Vaccination report Assam 1874-1896 - 1874-1896
Year: 1874
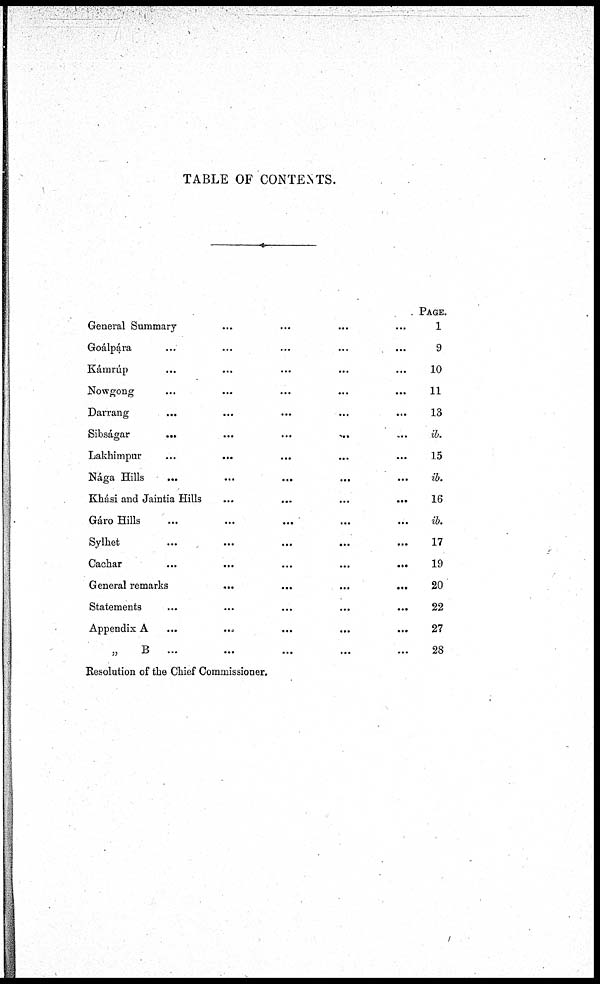
TABLE OF CONTENTS.
General Summary ... ... ... ...
Goalpara ... ... ... ... ...
Kámrúp ... ... ... ... ...
Nowgong
...
...
...
...
...
Darrang ... ... ... ... ...
Sibságar
...
...
...
...
...
Lakhimpur
...
...
...
...
...
Nága Hills
...
...
...
...
...
Khási and Jaintia Hills
...
...
...
...
Gáro Hills ... ... ... ... ...
Sylhet
...
...
...
...
...
Cachar
...
...
...
...
...
General remarks
...
...
...
...
Statements
...
...
...
...
...
Appendix A
...
...
...
...
...
„
B
...
...
...
...
...
PAGE.
1
9
10
11
13
ib.
15
ib.
16
ib.
17
19
20
22
27
28
Resolution of the Chief Commissioner.